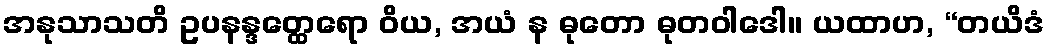
အနုသာသတိ ဥပနန္ဒတ္ထေရော ဝိယ, အယံ န ဓုတော ဓုတဝါဒေါ။ ယထာဟ, “တယိဒံ